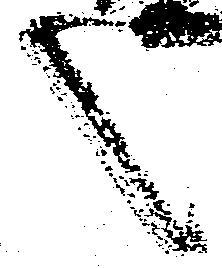
之